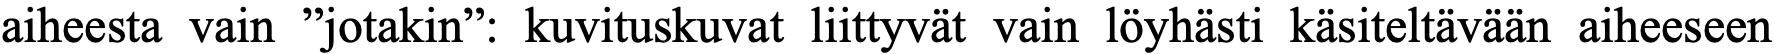
aiheesta vain ”jotakin”: kuvituskuvat liittyvät vain löyhästi käsiteltävään aiheeseen